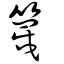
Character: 篾